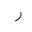
Letter: _ra